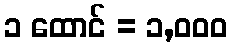
၁ ထောင် = ၁,၀၀၀